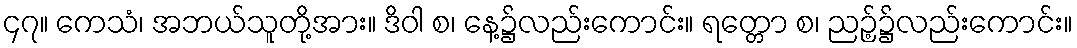
၄၇။ ကေသံ၊ အဘယ်သူတို့အား။ ဒိဝါ စ၊ နေ့၌လည်းကောင်း။ ရတ္တော စ၊ ညဉ့်၌လည်းကောင်း။